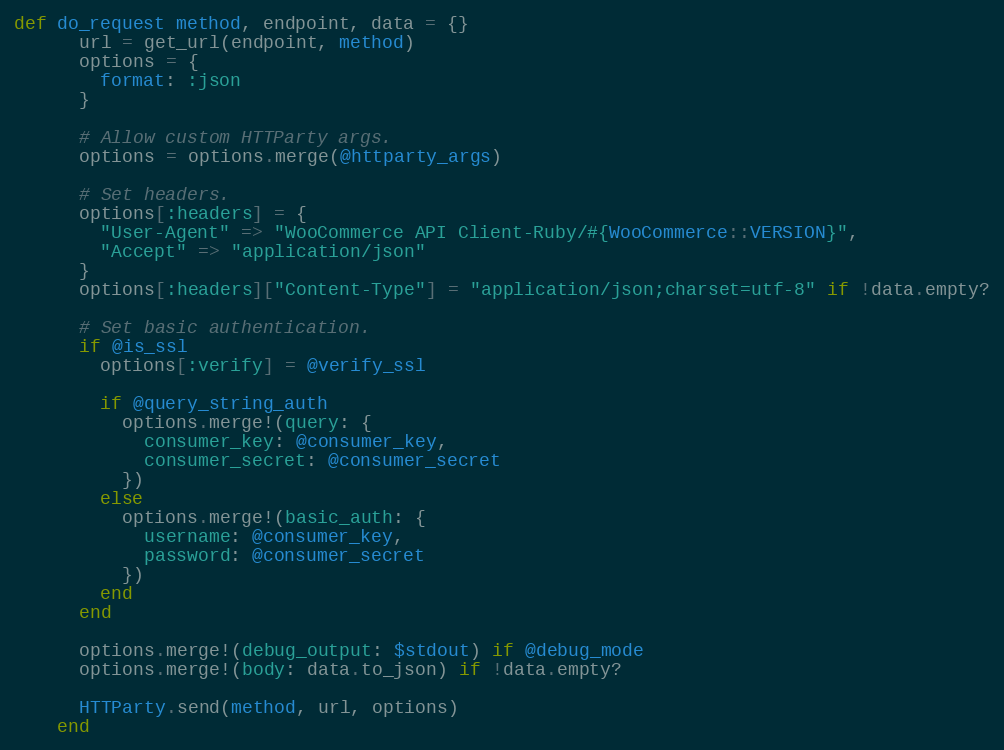
Language: Ruby
def do_request method, endpoint, data = {}
      url = get_url(endpoint, method)
      options = {
        format: :json
      }

      # Allow custom HTTParty args.
      options = options.merge(@httparty_args)

      # Set headers.
      options[:headers] = {
        "User-Agent" => "WooCommerce API Client-Ruby/#{WooCommerce::VERSION}",
        "Accept" => "application/json"
      }
      options[:headers]["Content-Type"] = "application/json;charset=utf-8" if !data.empty?

      # Set basic authentication.
      if @is_ssl
        options[:verify] = @verify_ssl

        if @query_string_auth
          options.merge!(query: {
            consumer_key: @consumer_key,
            consumer_secret: @consumer_secret
          })
        else
          options.merge!(basic_auth: {
            username: @consumer_key,
            password: @consumer_secret
          })
        end
      end

      options.merge!(debug_output: $stdout) if @debug_mode
      options.merge!(body: data.to_json) if !data.empty?

      HTTParty.send(method, url, options)
    end